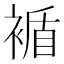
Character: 䙉